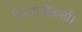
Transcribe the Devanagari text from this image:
निगरानीकर्त्ता।